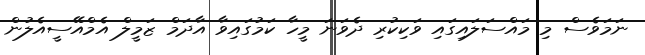
ނަމަވެސް މި މައްސަލައިގައި ވަކިކުރި ދެވަނަ މީހާ ކަމުގައިވާ އާދަމް ޒަމީލް އެމްއޭސީއެލުން